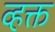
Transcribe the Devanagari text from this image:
व्हक्त